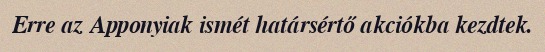
Erre az Apponyiak ismét határsértő akciókba kezdtek.